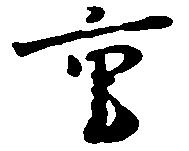
重